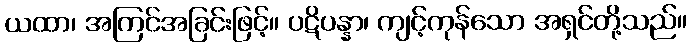
ယထာ၊ အကြင်အခြင်းဖြင့်။ ပဋိပန္နာ၊ ကျင့်ကုန်သော အရှင်တို့သည်။